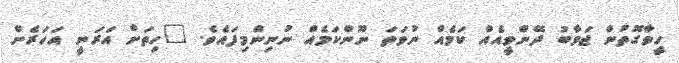
ހީވާގޮތުން ޖަވާބު ދޭންވީއެއް ކަމެއް ނުވަތަ ނޫންކަމެއް ނުނިންމިފައެވެ. "ހިތަށް އަރަނީ އަހަރެން